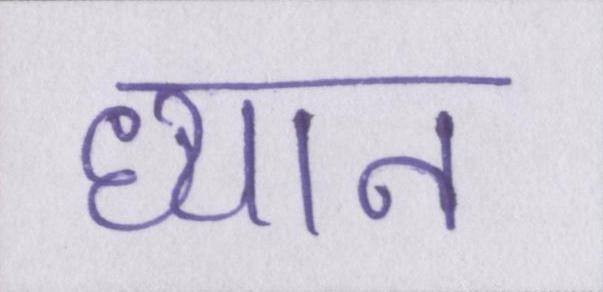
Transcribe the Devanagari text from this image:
ध्यान